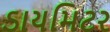
ડાયમિટર